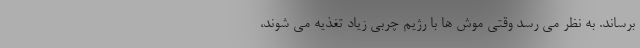
برساند. به نظر می رسد وقتی موش ها با رژیم چربی زیاد تغذیه می شوند،